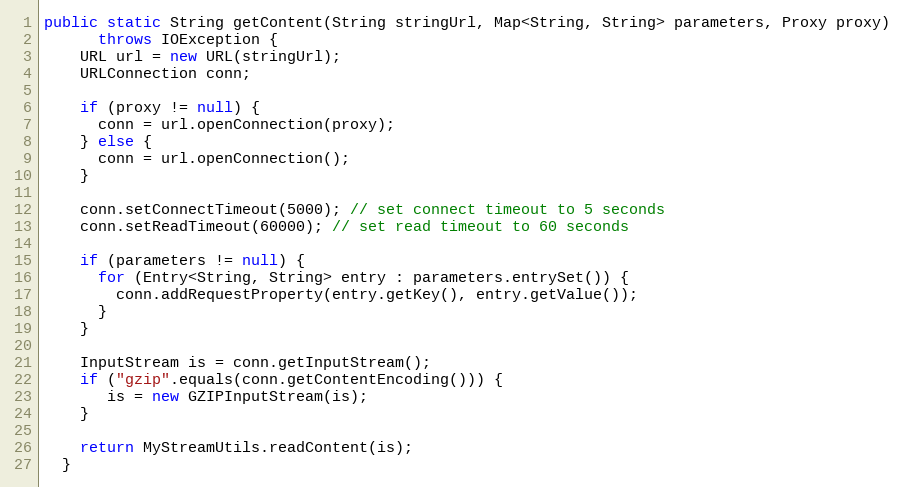
Language: Java
public static String getContent(String stringUrl, Map<String, String> parameters, Proxy proxy)
      throws IOException {
    URL url = new URL(stringUrl);
    URLConnection conn;

    if (proxy != null) {
      conn = url.openConnection(proxy);
    } else {
      conn = url.openConnection();
    }

    conn.setConnectTimeout(5000); // set connect timeout to 5 seconds
    conn.setReadTimeout(60000); // set read timeout to 60 seconds

    if (parameters != null) {
      for (Entry<String, String> entry : parameters.entrySet()) {
        conn.addRequestProperty(entry.getKey(), entry.getValue());
      }
    }

    InputStream is = conn.getInputStream();
    if ("gzip".equals(conn.getContentEncoding())) {
       is = new GZIPInputStream(is);
    }

    return MyStreamUtils.readContent(is);
  }